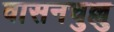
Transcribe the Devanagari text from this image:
वासनचुल्लु